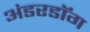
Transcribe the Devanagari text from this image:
अंडरडाॅग